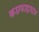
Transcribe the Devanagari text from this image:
कछवाहाघार